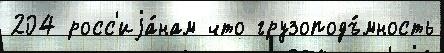
204 росс'иjа́нам что грузоподъ́мность